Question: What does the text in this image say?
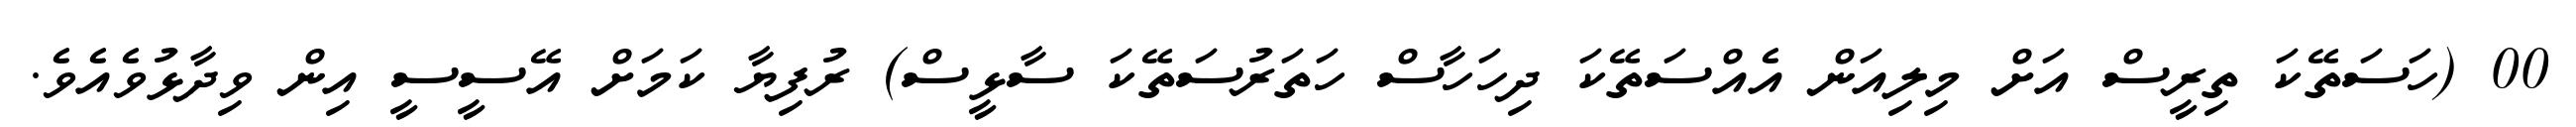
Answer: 00 (ހަސަތޭކަ ތިރީސް އަށް މިލިއަން އެއްސަތޭކަ ދިހަހާސް ހަތަރުސަތޭކަ ސާޅީސް) ރުފިޔާ ކަމަށް އޭސީސީ އިން ވިދާޅުވެއެވެ.